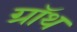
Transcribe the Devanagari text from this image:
ग्रॉथ